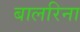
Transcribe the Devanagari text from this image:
बालरिना